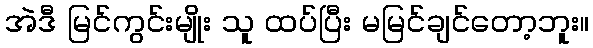
အဲဒီ မြင်ကွင်းမျိုး သူ ထပ်ပြီး မမြင်ချင်တော့ဘူး။